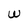
Character: W